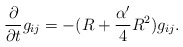
\begin{align*}\frac{\partial}{\partial t}g_{ij}=-(R+\frac{\alpha'}{4}R^2)g_{ij}. \end{align*}